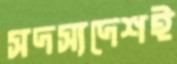
সদস্যদেশই